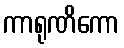
ကာရုဏိကော